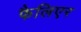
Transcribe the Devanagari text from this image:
फैलिएर